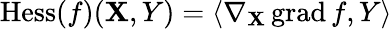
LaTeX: \operatorname{Hess}(f)(\mathbf{X},Y)=\langle\nabla_{\mathbf{X}}\operatorname{grad}f,Y\rangle